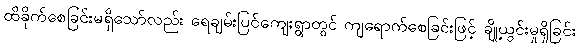
ထိခိုက်စေခြင်းမရှိသော်လည်း ရေချမ်းပြင်ကျေးရွာတွင် ကျရောက်စေခြင်းဖြင့် ချို့ယွင်းမှုရှိခြင်း